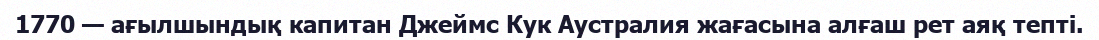
1770 — ағылшындық капитан Джеймс Кук Аустралия жағасына алғаш рет аяқ тепті.